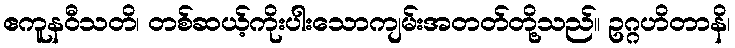
ဧကူနဝီသတိ၊ တစ်ဆယ့်ကိုးပါးသောကျမ်းအတတ်တို့သည်။ ဥဂ္ဂဟိတာနိ၊